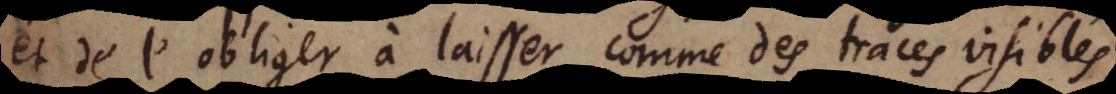
et de l’obliger à laisser comme des traces visibles